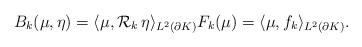
LaTeX: \begin{align*}B_k(\mu,\eta) = \langle \mu, \mathcal{R}_k \, \eta \rangle_{L^{2}(\partial K)}F_k(\mu) = \langle \mu, f_k \rangle_{L^{2}(\partial K)}.\end{align*}